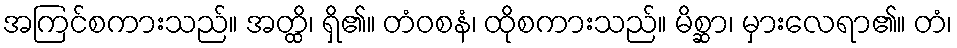
အကြင်စကားသည်။ အတ္ထိ၊ ရှိ၏။ တံဝစနံ၊ ထိုစကားသည်။ မိစ္ဆာ၊ မှားလေရာ၏။ တံ၊